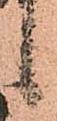
候